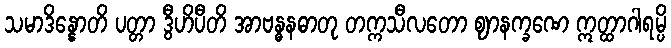
သမာဒိန္နောတိ ပတ္တာ ဒွီဟိပီတိ အာဗန္ဓနဓာတု တက္ကသီလတော ဈာနက္ခဏေ ဣတ္ထာဂါရမ္ပိ